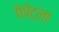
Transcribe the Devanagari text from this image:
पैपेंट्ला